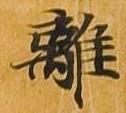
離